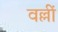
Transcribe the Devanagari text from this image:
वल्लीं